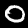
Digit: 0